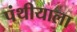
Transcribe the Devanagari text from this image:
पंथीयाला